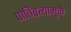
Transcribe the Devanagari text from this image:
पातिव्रत्यामुळे